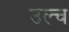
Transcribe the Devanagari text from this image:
उल्च